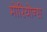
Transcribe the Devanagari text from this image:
मोरियोन्स